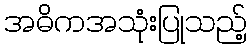
အဓိကအသုံးပြုသည့်